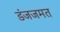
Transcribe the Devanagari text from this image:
डंजजमत